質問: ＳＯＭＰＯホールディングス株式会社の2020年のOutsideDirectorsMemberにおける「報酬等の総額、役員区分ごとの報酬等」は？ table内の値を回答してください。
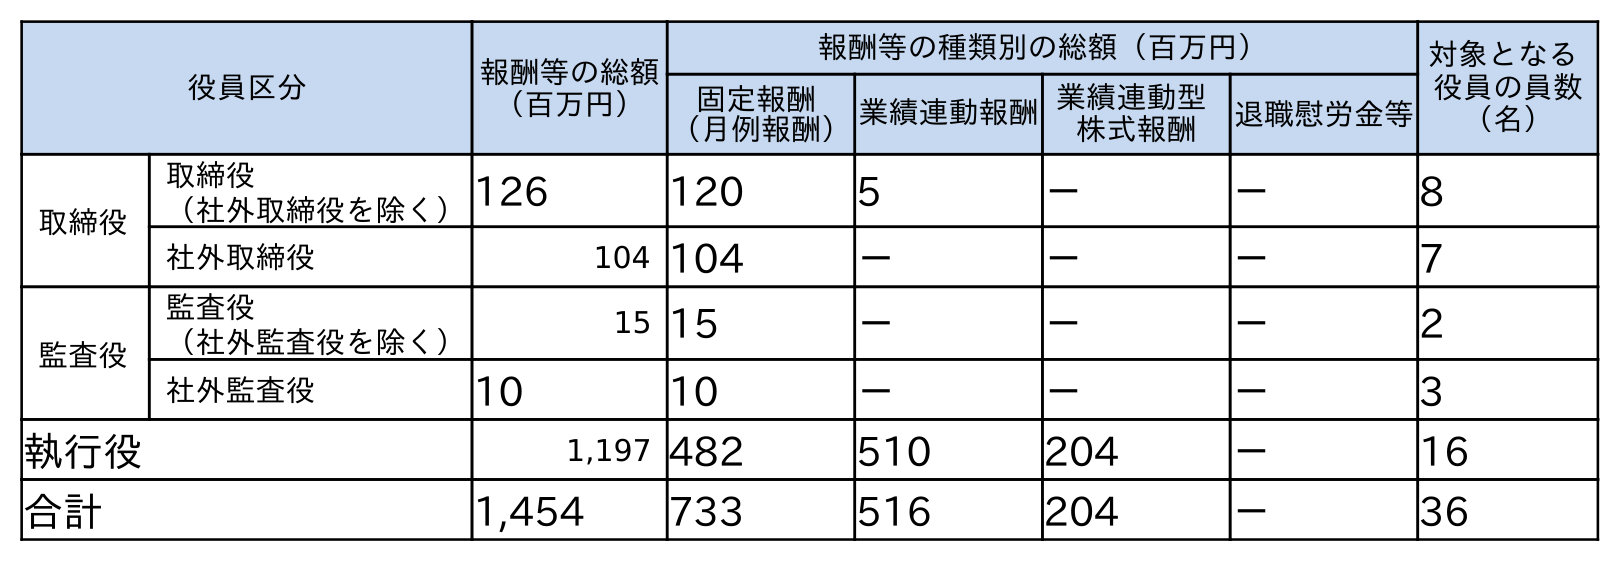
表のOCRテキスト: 役員区分 報酬等の総額 （百万円） 報酬等の種類別の総額（百万円） 対象となる 役員の員数 （名） 固定報酬 （月例報酬）業績連動報酬業績連動型 株式報酬 退職慰労金等 取締役 取締役 （社外取締役を除く）126 120 5 － － 8 社外取締役 104 104 － － － 7 監査役 監査役 （社外監査役を除く） 15 15 － － － 2 社外監査役 10 10 － － － 3 執行役 1,197 482 510 204 － 16 合計 1,454 733 516 204 － 36
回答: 104